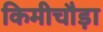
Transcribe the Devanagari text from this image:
किमीचौड़ा